Reports on military cantonments and civil stations in the Presidency of Bombay inspected by the Sanitary Commissioner in the years 1875 and 1876
Year: 1875
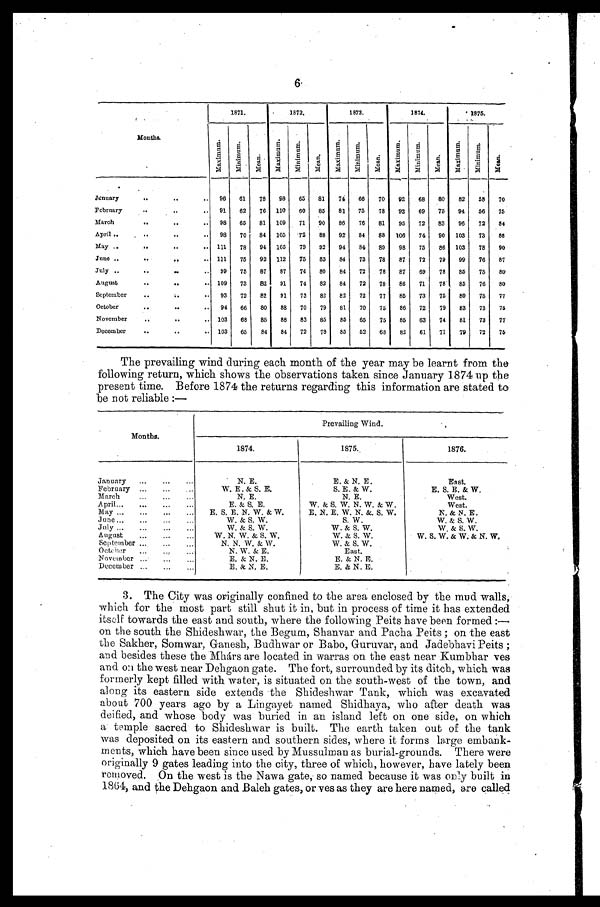
6
Months.
1871.
1872.
1873.
1874.
1875.
Ma x i mu m.
Mi ni mum.
Me a n .
Ma x i mu m.
Mi n i mu m.
Me a n .
Ma xi mum.
Mi n i mu m.
Me a n .
Ma x i mu m.
Mi n i mu m.
Mean.
Ma x i mu m.
Ma i n i mu m.
Mean.
J a n u a r y . . .
96
61
78
98
65
81
74
66
70
92
68
80
82
58
70
February . . . 91
62
76 110
60
85
81
75
78
92
69
75
94
56
75
March . . . 98
65
81 109
71
90
86
76
81
95
72
83
96
72
84
A p r i l . . .
98
70
84 105
72
88
92
84
88 106
74
90 103
73
88
May . . .
1 1 1 78
94 105
79
92
94
84
89
98
75
86 103
78
90
June . . . 111
75
92 112
75
83
84
73
78
87
72
79
99
76
87
July . . . 99
75
87
87
74
80
84
72
78
87
69
78
85
75
80
August . . . 109
73
82
91
74
82
84
72
78
86
71
78
85
76
80
September . . . 93
72
82
91
73
82
82
72
77
85
73
75
80
75
77
October . . .
94
66
80
88
70
79
81
70
75
86
72
79
83
73
75
November . . .
103
68
85
88
83
85
85
65
75
85
63
74
81
73
7 7
December . . . 103
65
84
84
72
78
85
52
68
82
61
71
79
72
75
The prevailing wind during each month of the year may be learnt from the
following return, which shows the observations taken since January 1874 up the
present time. Before 1874 the returns regarding this information are stated to
be not reliable :—
Months.
Prevailing Wind.
1874.
1875.
1876.
January . . .
N. E.
E. & N. E.
East.
February . . .
W. E. & S. E.
S. E. & W.
E. S. E. & W.
March . . .
N. E.
N. E.
West.
April . . .
E. & S. E.
W. & S. W. N. W. & W.
West.
May . . .
E. S. E. N. W. & W.
E. N. E. W. N. &. S. W.
N . & N . E .
June . . .
W. & S. W.
S. W.
W. & S. W.
July . . .
W. & S. W.
W. & S. W.
W. & S. W.
August . . .
W. N. W. & S. W.
W. & S. W.
W. S. W. & W. & N. W.
September . . .
N. N. W. & W.
W. & S. W.
Octeber . . .
N. W. & E.
East.
November . . .
E. & N. E.
E. & N. E.
December . . .
E. & N. E.
E. & N. E.
3. The City was originally confined to the area enclosed by the mud walls,
which for the most part still shut it in, but in process of time it has extended
itself towards the east and south, where the following Peits have been formed :—
on the south the Shideshwar, the Begum, Shanvar and Pacha Peits ; on the east
the Sakher, Somwar, Ganesh, Budhwar or Babo, Guruvar, and Jadebhavi Peits ;
and besides these the Mhárs are located in warras on the east near Kumbhar yes
and on the west near Dehgaon gate. The fort, surrounded by its ditch, which was
formerly kept filled with water, is situated on the south-west of the town, and
along its eastern side extends the Shideshwar Tank, which was excavated
about 700 years ago by a Lingayet named Shidhaya, who after death was
deified, and whose body was buried in an island left on one side, on which
a temple sacred to Shideshwar is built. The earth taken out of the tank
was deposited on its eastern and southern sides, where it forms large embank
- m e n t s , w h i c h h a v e b e e n s i n c e u s e d b y M u s s u l m a n a s b u r i a l - g r o u n d s . T h e r e w e r e
originally 9 gates leading into the city, three of which, however, have lately been
removed. On the west is the Nawa gate, so named because it was only built in
1864, and the Dehgaon and Baleh gates, or yes as they are here named, are called